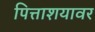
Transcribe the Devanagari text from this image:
पित्ताशयावर